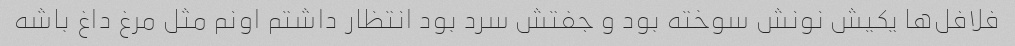
فلافل‌ها یکیش نونش سوخته بود و جفتش سرد بود انتظار داشتم اونم مثل مرغ داغ باشه